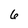
Character: 6